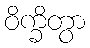
ဝိက္ခိတွာ